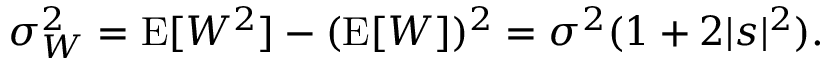
\begin{array} { r } { \sigma _ { W } ^ { 2 } = \operatorname { E } [ W ^ { 2 } ] - ( \operatorname { E } [ W ] ) ^ { 2 } = \sigma ^ { 2 } ( 1 + 2 | s | ^ { 2 } ) . } \end{array}